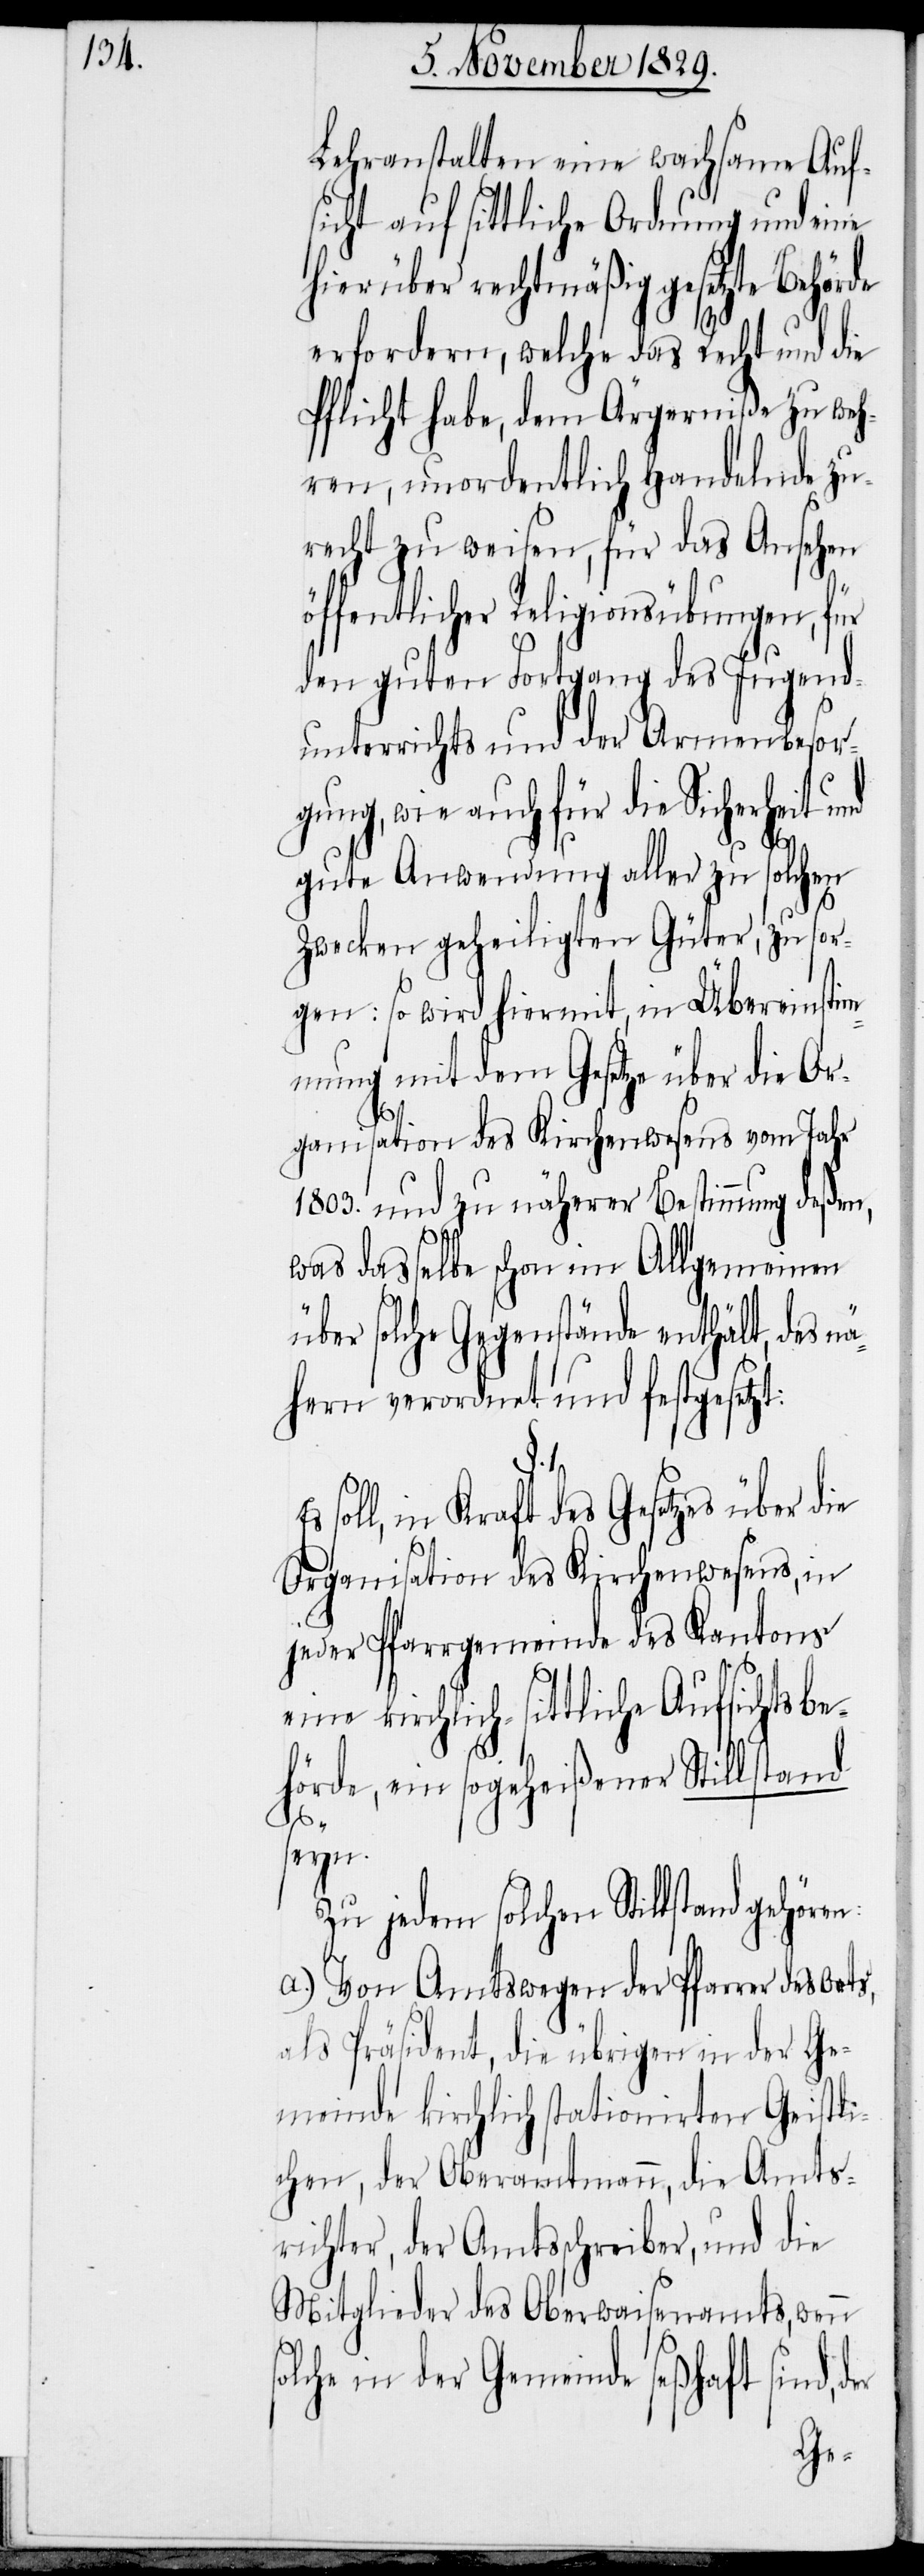
Lehranstalten eine wachsame Auf¬
sicht auf sittliche Ordnung und eine
hierüber rechtmäßig gesetzte Behörde
erfordern, welche das Recht und die
Pflicht habe, dem Ärgerniße zu weh¬
ren, unordentlich handelnde zu¬
recht zu weisen, für das Ansehen
ffentlicher Religionsübungen, für
den guten Fortgang des Jugend¬
unterrichts und der Armenbesor¬
gung, wie auch für die Sicherheit und
gute Anwendung aller zu solchen
Zwecken geheiligten Güter, zu sor¬
gen: so wird hiermit, in Übereinsti¬
mmung mit dem Gesetze über die Or¬
ganisation des Kirchenwesens vom Jahr
1803. und zu näherer Bestimmung deßen,
was dasselbe schon im Allgemeinen
über solche Gegenstände enthält, des n¬
ähern verordnet und festgesetz¬
der
soll, in Kraft des Gesetzes über die
Organisation des Kirchenwesens, in
jeder Pfarrgemeinde des Kantons
eine kirchlich-sittliche Aufsichtsbe¬
hörde, ein sogeheißener Stillstand
s¬
seyn.
Zu jedem solchen Stillstand gehöre¬
a.) Von Amtswegen der Pfarrer des
als Präsident, die übrigen in der Ge¬
meinde kirchlich stationierten Geistli¬
chen, der Oberamtmann, die Amts¬
richter, der Amtsschreiber, und die
Mitglieder des Oberwaisenamts, wenn
olche in der Gemeinde seßhaft sind,